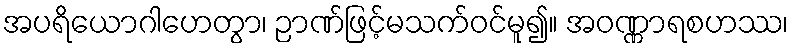
အပရိယောဂါဟေတွာ၊ ဉာဏ်ဖြင့်မသက်ဝင်မူ၍။ အဝဏ္ဏာရစဟဿ၊